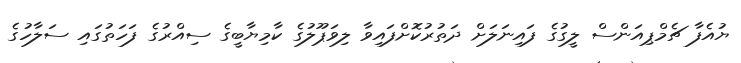
ޔުއެފާ ޗެމްޕިއަންސް ލީގުގެ ފައިނަލަށް ދަތުރުކޮށްފައިވާ ލިވަޕޫލުގެ ކާމިޔާބީގެ ސިއްރުގެ ފަހަތުގައި ސަލާހުގެ